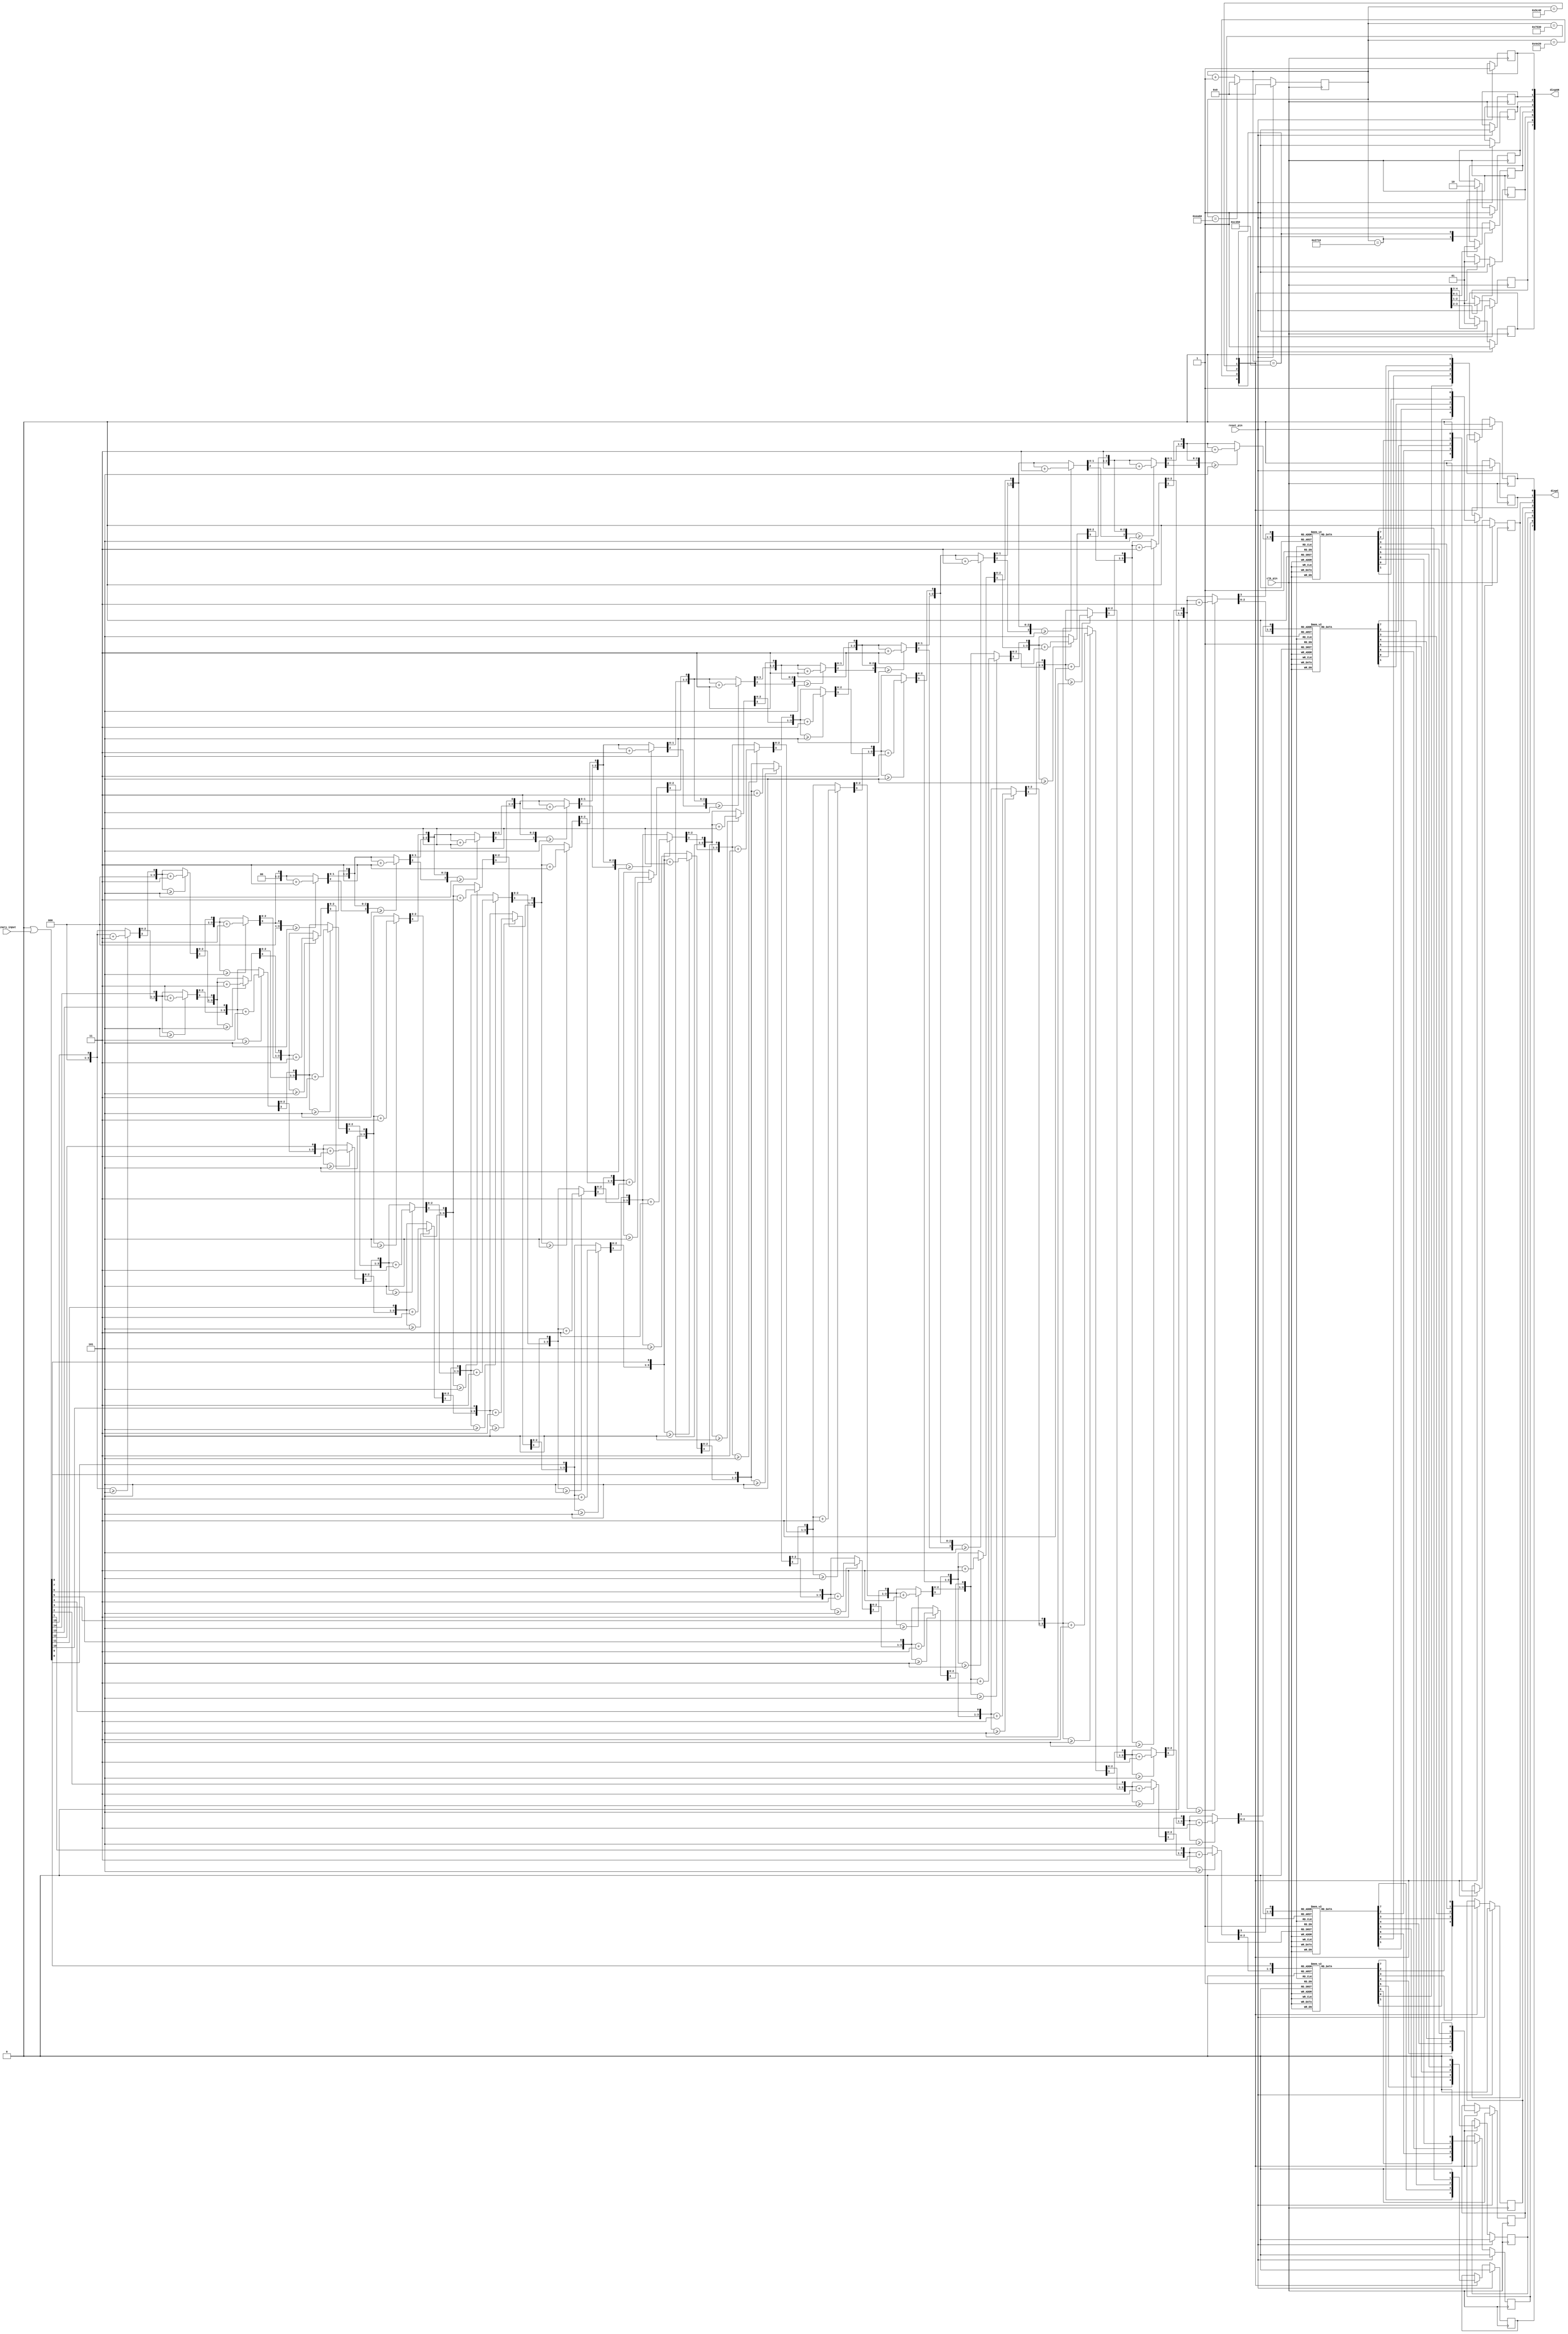
module converter (
    input wire clk_pin,
    input wire reset_pin,
    input wire [15:0] binary_input,
    output wire [7:0] dispC,
    output wire [7:0] dispAN
);

wire [7:0] seg_out_1; // 7-segment outputs for the least significant digit
wire [7:0] seg_out_2;
wire [7:0] seg_out_3;
wire [7:0] seg_out_4;
wire [7:0] seg_out_5;

assign dispC = {CA, CB, CC, CD, CE, CF, CG, DP};
assign dispAN = {AN0, AN1, AN2, AN3, AN4, AN5, AN6, AN7};

reg CA, CB, CC, CD, CE, CF, CG, DP;
reg AN0, AN1, AN2, AN3, AN4, AN5, AN6, AN7;

// 1. Binary to BCD conversion logic (e.g., using Double dabble)

    integer i = 0;

    reg [35:0] shift_register; // 16 bits for binary input + 20 bits for BCD digits
    reg [19:0] bcd_output;

    always @(binary_input) begin
        shift_register = 20'b0 << 16 | binary_input; // Initialize with BCD part as 0 and binary part as input
    
        for (i = 0; i < 16; i = i+1) begin
            // Check each BCD digit, if it's 5 or above, add 3
            if (shift_register[19:16] >= 5) shift_register[19:16] = shift_register[19:16] + 3;
            if (shift_register[23:20] >= 5) shift_register[23:20] = shift_register[23:20] + 3;
            if (shift_register[27:24] >= 5) shift_register[27:24] = shift_register[27:24] + 3;
            if (shift_register[31:28] >= 5) shift_register[31:28] = shift_register[31:28] + 3;
            if (shift_register[35:32] >= 5) shift_register[35:32] = shift_register[35:32] + 3;
            // Shift left
            shift_register = shift_register << 1;
        end
    
        bcd_output = shift_register[35:16]; // Extract the BCD part after all shifts
    end

// 2. BCD to 7-segment decoding logic for each digit

assign seg_out_1 = decode_7segment(bcd_output[3:0]);
assign seg_out_2 = decode_7segment(bcd_output[7:4]);
assign seg_out_3 = decode_7segment(bcd_output[11:8]);
assign seg_out_4 = decode_7segment(bcd_output[15:12]);

function [7:0] decode_7segment;
    input [3:0] bcd_digit;
    begin
        case (bcd_digit)
            4'b0000: decode_7segment = 8'b00000011; // 0
            4'b0001: decode_7segment = 8'b10011111; // 1
            4'b0010: decode_7segment = 8'b00100101; // 2
            4'b0011: decode_7segment = 8'b00001101; // 3
            4'b0100: decode_7segment = 8'b10011001; // 4
            4'b0101: decode_7segment = 8'b01001001; // 5 
            4'b0110: decode_7segment = 8'b01000001; // 6
            4'b0111: decode_7segment = 8'b00011111; // 7
            4'b1000: decode_7segment = 8'b00000001; // 8
            4'b1001: decode_7segment = 8'b00001001; // 9
            default: decode_7segment = 8'b00000001; // Blank or error
        endcase
    end
endfunction
    
    
reg [31:0] digit_counter;
    always @(posedge clk_pin) begin
    if (reset_pin) begin
        {CA, CB, CC, CD, CE, CF, CG, DP} <= 8'b0;
        {AN0, AN1, AN2, AN3, AN4, AN5, AN6, AN7} <= 8'b11111111;
        digit_counter <= 32'b0;
    end
    else begin
        digit_counter <= digit_counter + 1;
        case(digit_counter)
            32'd10000: begin {CA, CB, CC, CD, CE, CF, CG, DP} <= seg_out_1; AN0 <= 1'b0; AN4 <= 1'b1; end
            32'd20000: begin {CA, CB, CC, CD, CE, CF, CG, DP} <= seg_out_2; AN1 <= 1'b0; AN0 <= 1'b1; end
            32'd30000: begin {CA, CB, CC, CD, CE, CF, CG, DP} <= seg_out_3; AN2 <= 1'b0; AN1 <= 1'b1; end
            32'd40000: begin {CA, CB, CC, CD, CE, CF, CG, DP} <= seg_out_4; AN3 <= 1'b0; AN2 <= 1'b1; end
            32'd50000: begin {CA, CB, CC, CD, CE, CF, CG, DP} <= 8'b00000010; AN4 <= 1'b0; AN3 <= 1'b1; end
            32'd60000: digit_counter <= 32'b0;
        endcase
    end
end

    
endmodule